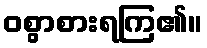
ဝစွာစားရကြ၏။